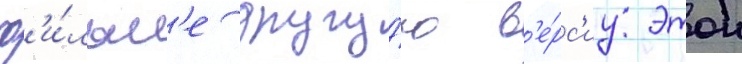
ф'и́льм'е другу́ю в'е́рс'иу этои